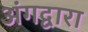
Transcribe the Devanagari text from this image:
अंगद्वारा